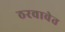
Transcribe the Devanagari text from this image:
ठरवावेत